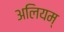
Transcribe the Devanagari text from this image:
अलियम्